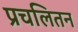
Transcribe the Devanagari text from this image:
प्रचलितन